Leaving Certificate Examination (including Day School Certificate (Higher) General paper), 1931
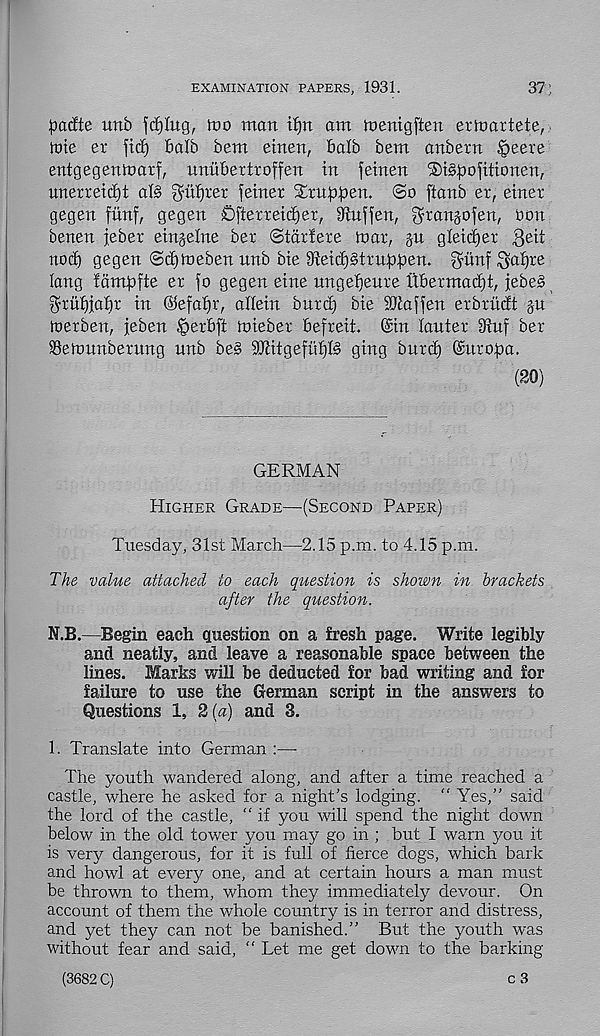
EXAMINATION PAPERS, 1931.
31],
pcufte unb fdjlug, loo man t^n am menigften ermartete,
jute er fid) balb bem einen, balb bem anbern §eere
entgegenmarf, uniibertroffen in feinen iSigpofitionen,
unerreicfjt alg ^nfftet feiner Struppen. ©o ftanb er, einer
gegen fiinf, gegen Ofterreidjer, 9fJ;uffen, ^ranjofen, ran
benen jeber einjelne ber ©tarfere mar, ju glei(per Qeii
nod) gegen ©djmeben nnb bie 9ieid)§truppem gwnf Smfp-' 6
lang lampfte er fo gegen eine ungepeure Itberma^t, jebeg
grupjapr in ©efapr, allein bnrd) bie SQiaffen erbriidt ju
merben, feben |)erbft mieber befreit. @in lanter 3iuf ber
SSemunberung unb be§ SJlitgeflipIg ging bttrd) ©uropa.
(20)
GERMAN
Higher Grade—-(Second Paper)
Tuesday, 31st March—2.15 p.m. to 4.15 p.m.
The value attached to each question is shown in brackets
after the question.
N.B.—Begin each question on a fresh page. Write legibly
and neatly, and leave a reasonable space between the
lines. Marks will be deducted for bad writing and for
failure to use the German script in the answers to
Questions 1, 2(a) and 3.
1. Translate into German :—-
The youth wandered along, and after a time reached a
castle, where he asked for a night’s lodging. “ Yes,” said
the lord of the castle, “ if you will spend the night down
below in the old tower you may go in ; but I warn you it
is very dangerous, for it is full of fierce dogs, which bark
and howl at every one, and at certain hours a man must
be thrown to them, whom they immediately devour. On
account of them the whole country is in terror and distress,
and yet they can not be banished.” But the youth was
without fear and said, “ Let me get down to the barking
(3682 C)
c 3